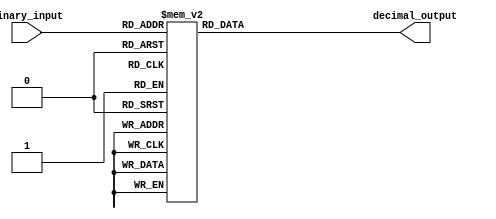
module binary_to_decimal_decoder(
    input [2:0] binary_input,
    output reg [3:0] decimal_output
);

always @(*) begin
    case (binary_input)
        3'b000: decimal_output = 4'b0001;
        3'b001: decimal_output = 4'b0010;
        3'b010: decimal_output = 4'b0011;
        3'b011: decimal_output = 4'b0100;
        3'b100: decimal_output = 4'b0101;
        3'b101: decimal_output = 4'b0110;
        3'b110: decimal_output = 4'b0111;
        3'b111: decimal_output = 4'b1000;
        default: decimal_output = 4'b1111; // Error case
    endcase
end

endmodule